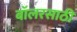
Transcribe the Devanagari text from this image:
बॉलरसाठी